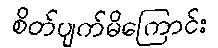
စိတ်ပျက်မိကြောင်း